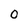
Character: 0